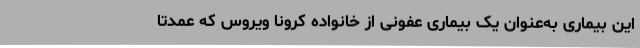
این بیماری به‌عنوان یک بیماری عفونی از خانواده کرونا ویروس که عمدتا